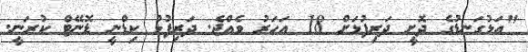
"އަޅުގަނޑުގެ ދޮށީ ދަރިފުޅަށް 18 އަހަރު ވެއްޖެ. ދަރިފުޅު ކިޑްނީ ޑޮނޭޓް ކުރަނީ.